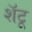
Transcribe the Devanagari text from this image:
शॅटू